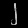
Digit: ၂